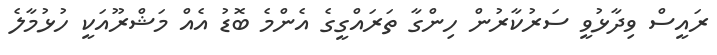
ރައީސް ވިދާޅުވީ ސަރުކާރުން ހިންގާ ތަރައްގީގެ އެންމެ ބޮޑު އެއް މަޝްރޫއަކީ ހުޅުމާލެ